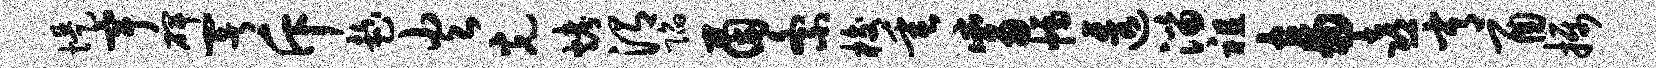
堤宇碑署斥趁火光烤渭陷茵紊梭垂觜幅透淄祖畜喜常酉摄